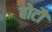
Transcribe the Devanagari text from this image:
बोटौ